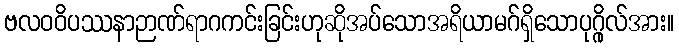
ဗလဝဝိပဿနာဉာဏ်ရာဂကင်းခြင်းဟုဆိုအပ်သောအရိယာမဂ်ရှိသောပုဂ္ဂိုလ်အား။